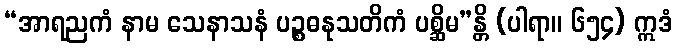
“အာရညကံ နာမ သေနာသနံ ပဉ္စဓနုသတိကံ ပစ္ဆိမ”န္တိ (ပါရာ။ ၆၅၄) ဣဒံ